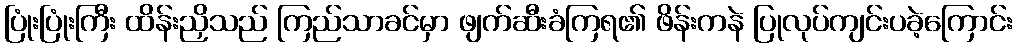
ပြုံးပြုံးကြီး ထိန်းညှိသည် ကြည်သာခင်မှာ ဖျက်ဆီးခံကြရ၏ ဖိန်းကနဲ ပြုလုပ်ကျင်းပခဲ့ကြောင်း